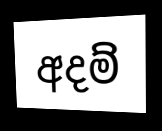
අදම්